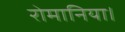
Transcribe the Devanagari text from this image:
रोमानिया।